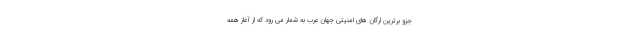
جزو برترین ارگان های امنیتی جهان عرب به شمار می رود که از آغاز همه